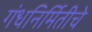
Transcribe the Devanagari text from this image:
गंधनिर्मितीचे